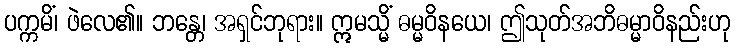
ပက္ကမိံ၊ ဖဲလေ၏။ ဘန္တေ၊ အရှင်ဘုရား။ ဣမသ္မိံ ဓမ္မဝိနယေ၊ ဤသုတ်အဘိဓမ္မာဝိနည်းဟု